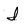
Character: I